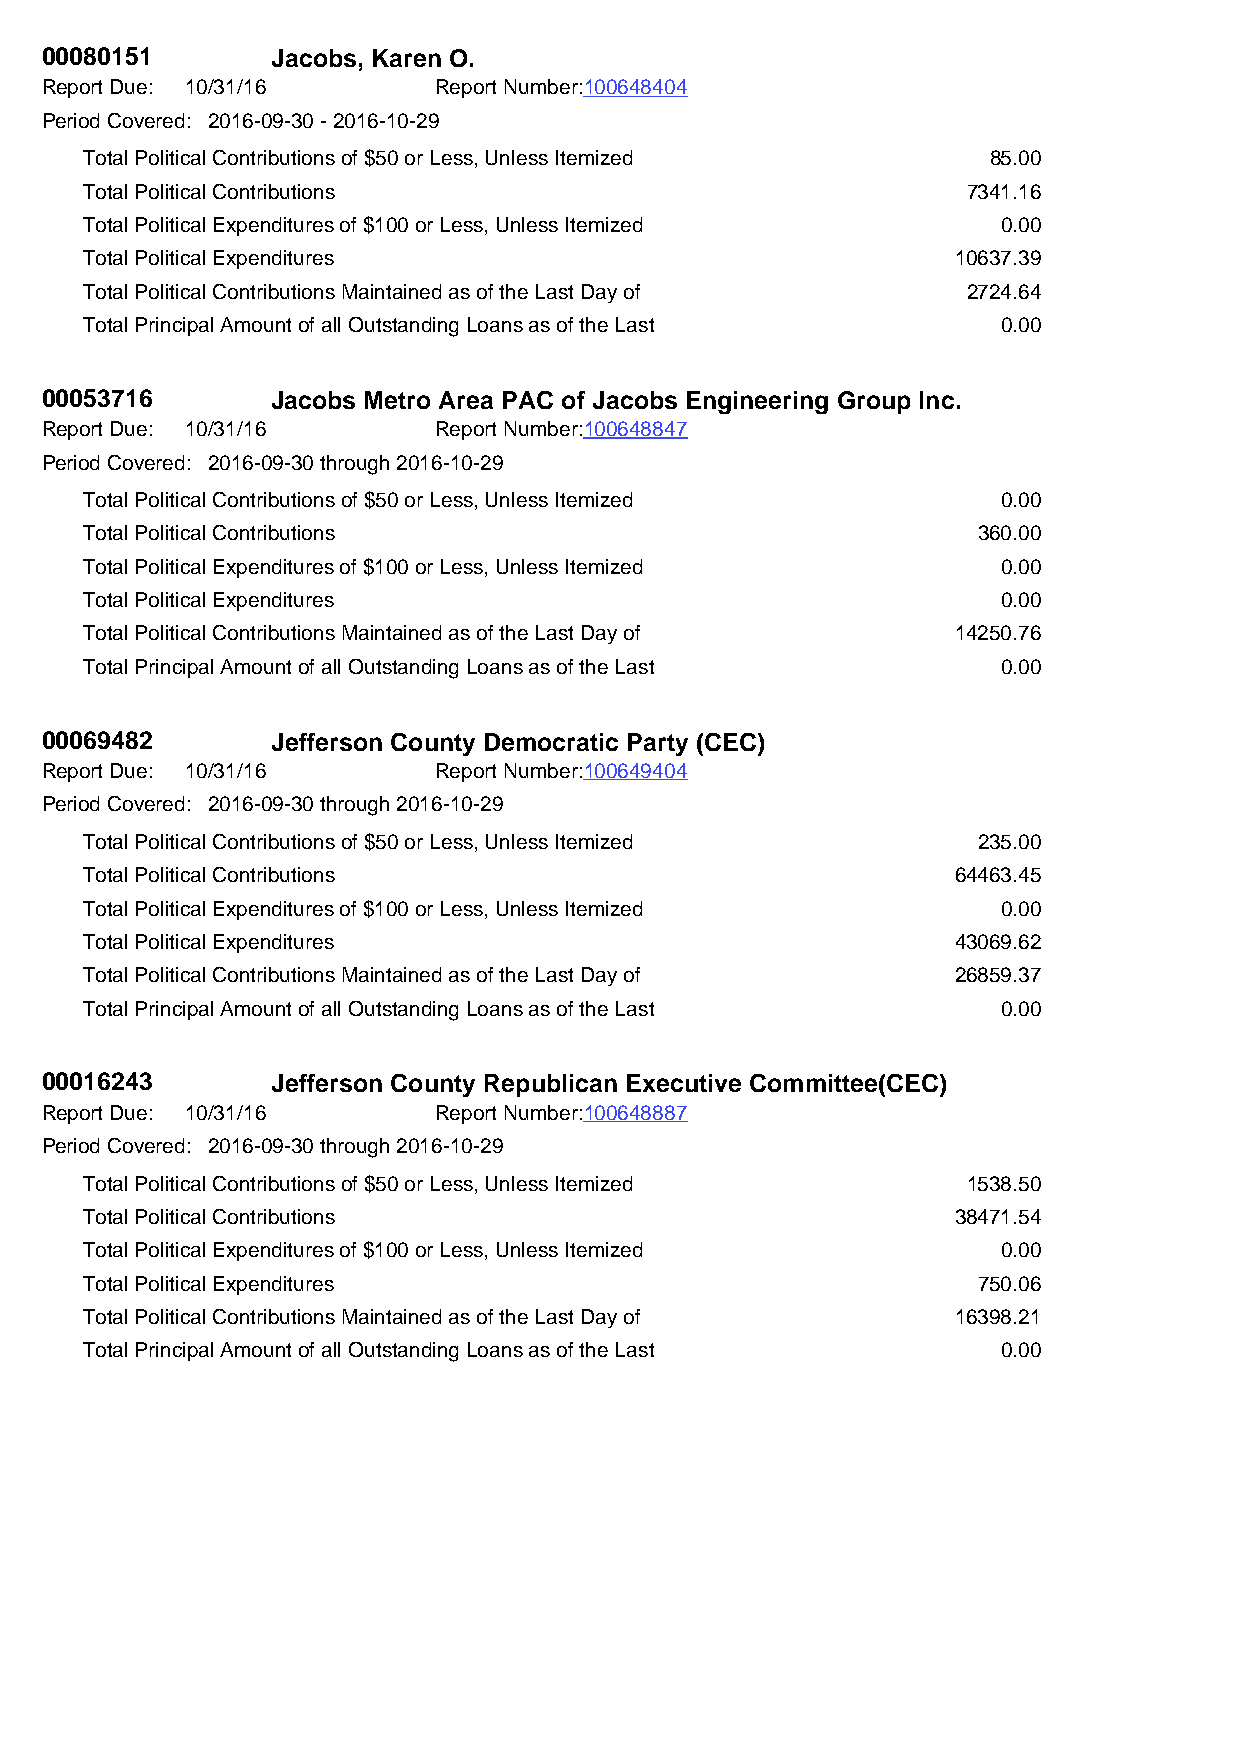
00080151       Jacobs, Karen O.
 Report Due: 10/31/16      Report Number:100648404
 Period Covered: 2016-09-30 - 2016-10-29
 Total Political Contributions of $50 or Less, Unless Itemized 85.00
 Total Political Contributions                             7341.16
 Total Political Expenditures of $100 or Less, Unless Itemized 0.00
 Total Political Expenditures                             10637.39
 Total Political Contributions Maintained as of the Last Day of 2724.64
 Total Principal Amount of all Outstanding Loans as of the Last 0.00
 00053716       Jacobs Metro Area PAC of Jacobs Engineering Group Inc.
 Report Due: 10/31/16      Report Number:100648847
 Period Covered: 2016-09-30 through 2016-10-29
 Total Political Contributions of $50 or Less, Unless Itemized 0.00
 Total Political Contributions                              360.00
 Total Political Expenditures of $100 or Less, Unless Itemized 0.00
 Total Political Expenditures                                0.00
 Total Political Contributions Maintained as of the Last Day of 14250.76
 Total Principal Amount of all Outstanding Loans as of the Last 0.00
 00069482       Jefferson County Democratic Party (CEC)
 Report Due: 10/31/16      Report Number:100649404
 Period Covered: 2016-09-30 through 2016-10-29
 Total Political Contributions of $50 or Less, Unless Itemized 235.00
 Total Political Contributions                            64463.45
 Total Political Expenditures of $100 or Less, Unless Itemized 0.00
 Total Political Expenditures                             43069.62
 Total Political Contributions Maintained as of the Last Day of 26859.37
 Total Principal Amount of all Outstanding Loans as of the Last 0.00
 00016243       Jefferson County Republican Executive Committee(CEC)
 Report Due: 10/31/16      Report Number:100648887
 Period Covered: 2016-09-30 through 2016-10-29
 Total Political Contributions of $50 or Less, Unless Itemized 1538.50
 Total Political Contributions                            38471.54
 Total Political Expenditures of $100 or Less, Unless Itemized 0.00
 Total Political Expenditures                               750.06
 Total Political Contributions Maintained as of the Last Day of 16398.21
 Total Principal Amount of all Outstanding Loans as of the Last 0.00